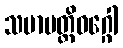
သမာပတ္တိဝဂ္ဂေါ